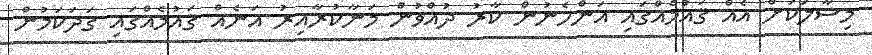
މިސާލަކަށް އެއް ޤައުމެއްގައި އަންހެނުން ކާރު ދުއްވުން މަނާކުރާއިރު އަނެއް ޤައުމެއްގައި ގަދަކަމުން